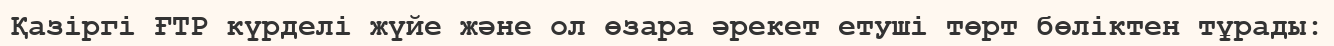
Қазіргі ҒТР күрделі жүйе және ол өзара әрекет етуші төрт бөліктен тұрады: